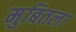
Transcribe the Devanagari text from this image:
मुबितला